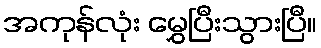
အကုန်လုံး မွှေပြီးသွားပြီ။